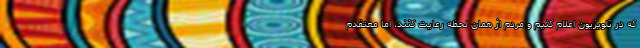
که در تلویزیون اعلام کنیم و مردم از همان لحظه رعایت کنند، اما معتقدم